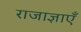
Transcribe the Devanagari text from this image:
राजाज्ञाएँ